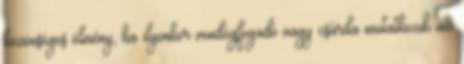
közönséges élmény, ha ilyenkor vendégfogadó vagy csárda mutatkozik az